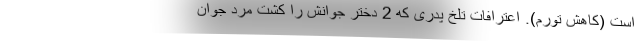
است (کاهش تورم). اعترافات تلخ پدری که 2 دختر جوانش را کشت مرد جوان